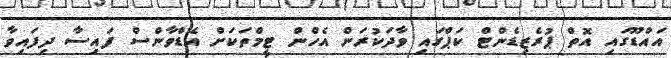
އައްޑޫގައި އޮތް ޕުރެޒިޑެންޓް ކަޕްގައި ވާދަކުރަން އެހްން ޓީމްތަކަށް އެޑްވާންސް ފައިސާ ދިފައިވާ